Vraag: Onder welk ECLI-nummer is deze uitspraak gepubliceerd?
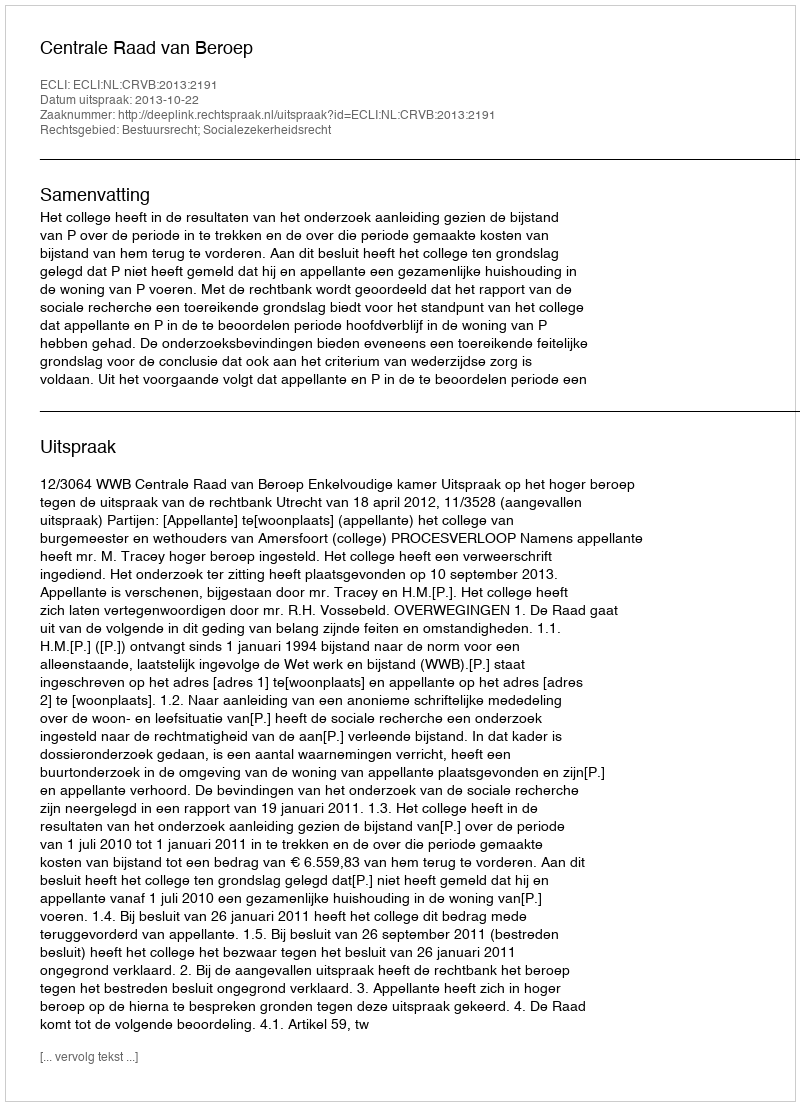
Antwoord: ECLI:NL:CRVB:2013:2191